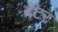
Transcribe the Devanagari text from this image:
बॅटर